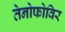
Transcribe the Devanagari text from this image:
तेनोफोविर